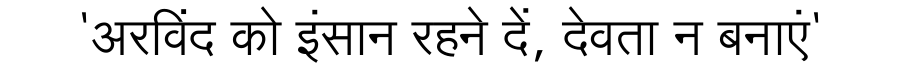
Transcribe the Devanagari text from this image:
'अरविंद को इंसान रहने दें, देवता न बनाएं'